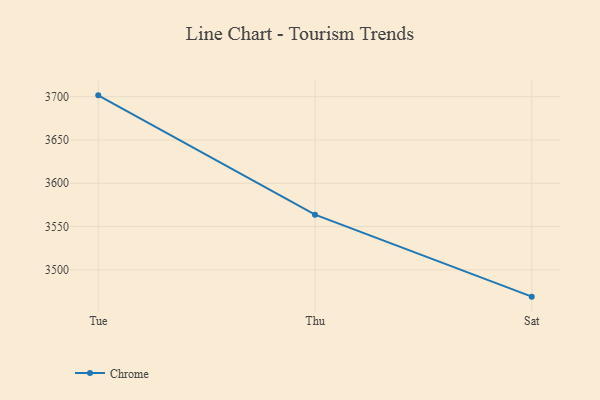
{"axis": {"x": "Day", "y": "Conversion Rate (%)"}, "legend": ["Chrome"], "data": [{"x": "Tue", "y": 3701.5, "type": "Chrome"}, {"x": "Thu", "y": 3563.7, "type": "Chrome"}, {"x": "Sat", "y": 3469.1, "type": "Chrome"}]}